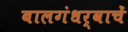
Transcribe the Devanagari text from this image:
बालगंधर्वाचें